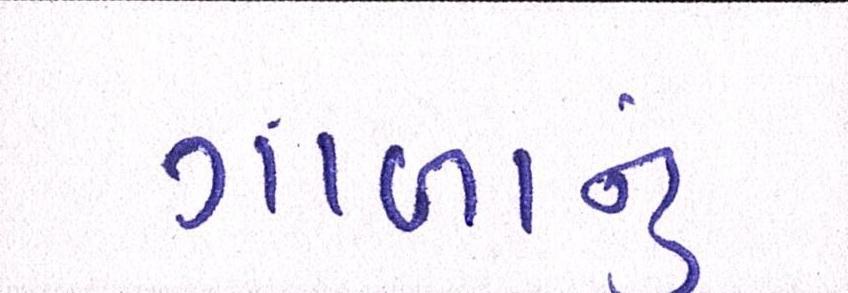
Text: ગાળાનું